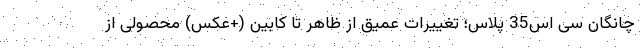
چانگان سی اس35 پلاس؛ تغییرات عمیق از ظاهر تا کابین (+عکس) محصولی از